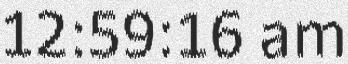
12:59:16 am